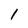
Character: 1